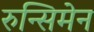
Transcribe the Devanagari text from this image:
रुन्सिमेन